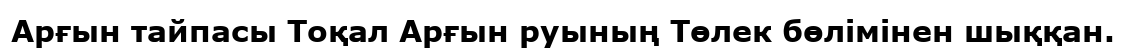
Арғын тайпасы Тоқал Арғын руының Төлек бөлімінен шыққан.